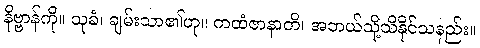
နိဗ္ဗာန်ကို။ သုခံ၊ ချမ်းသာ၏ဟု။ ကထံဇာနာတိ၊ အဘယ်သို့သိနိုင်သနည်း။